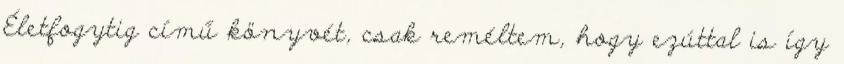
Életfogytig című könyvét, csak reméltem, hogy ezúttal is így